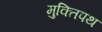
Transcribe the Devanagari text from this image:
मुक्तिपथ